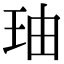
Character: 𤤧